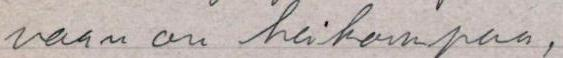
vaan on heikompaa,